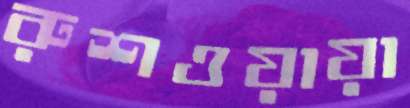
রুশওয়ায়া